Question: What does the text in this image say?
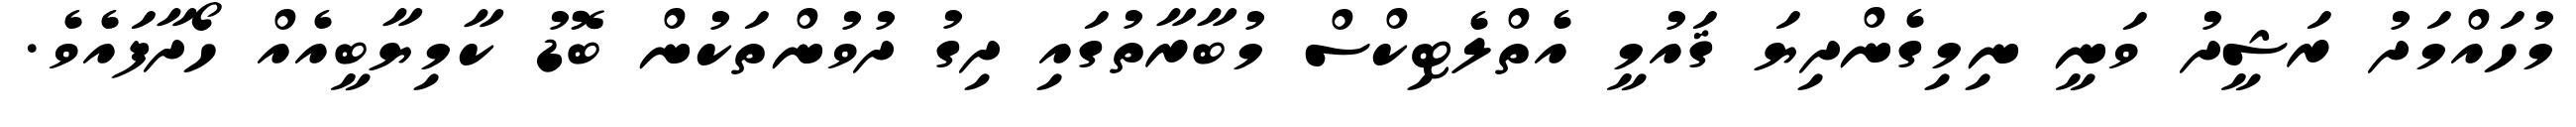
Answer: މުހައްމަދު ރަޝީދު ވަނީ ނިމިގެންދިޔަ ޤައުމީ އެތްލެޓިކްސް މުބާރާތުގައި ދިގު ދުވުންތަކުން ބޮޑު ކާމިޔާބީއެއް ހޯދާފައެވެ.